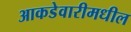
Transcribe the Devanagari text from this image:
आकडेवारीमधील